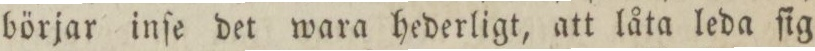
börjar inſe det wara hederligt, att låta leda ſig